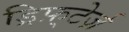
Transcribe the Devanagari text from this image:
ड्रिफ़्टेर्ज़